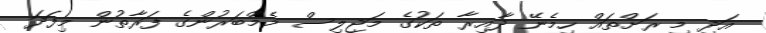
އަދި މި ރަށްތައް ހިމެނޭ ދާއިރާ ތަކުގެ މަޖިލިސް މެމްބަރުންގެ ފަރާތުން މިފަދަ